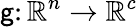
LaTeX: \mathsf{g}\colon\mathbb{{R}}^{n}\rightarrow\mathbb{{R}}^{c}